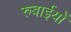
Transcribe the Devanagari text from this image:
रुबाईयों